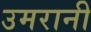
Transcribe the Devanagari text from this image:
उमरानी